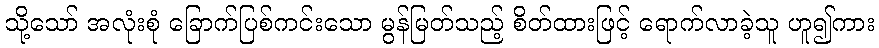
သို့သော် အလုံးစုံ ခြောက်ပြစ်ကင်းသော မွန်မြတ်သည့် စိတ်ထားဖြင့် ရောက်လာခဲ့သူ ဟူ၍ကား